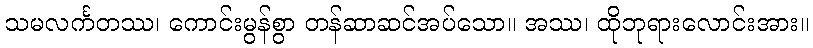
သမလင်္ကတဿ၊ ကောင်းမွန်စွာ တန်ဆာဆင်အပ်သော။ အဿ၊ ထိုဘုရားလောင်းအား။